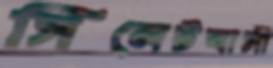
সিলেটবাসী